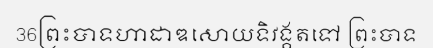
36ព្រះបាទហាដាឌសោយទិវង្គតទៅ ព្រះបាទ